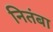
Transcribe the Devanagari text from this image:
नितंबा